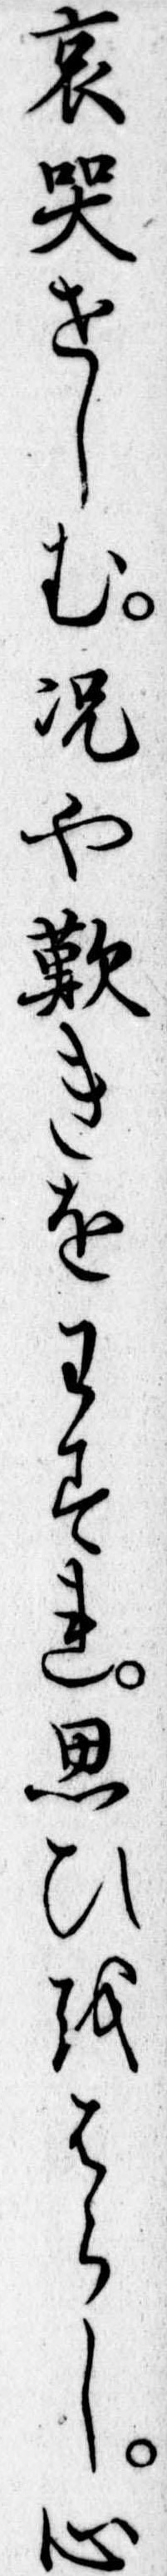
哀哭せしむ況や歎きをわすれ思ひをはらし心